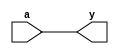
`timescale 1ns/1ps
`default_nettype none

module bfr_pa(
    output wire y,
    input wire a
);

assign y = a;

endmodule
`default_nettype wire